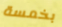
بخمسة